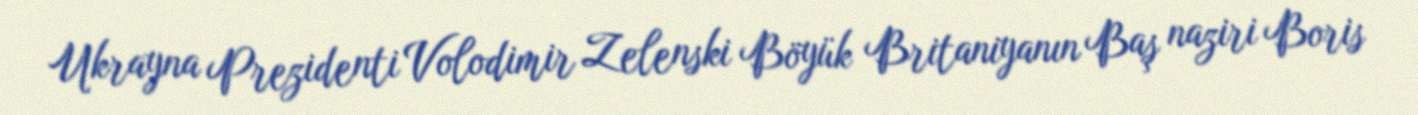
Ukrayna Prezidenti Volodimir Zelenski Böyük Britaniyanın Baş naziri Boris